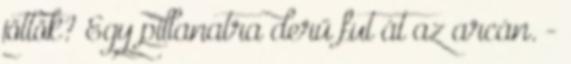
jöttök? Egy pillanatra derű fut át az arcán. -